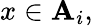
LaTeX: x\in\mathbf{A}_{i},